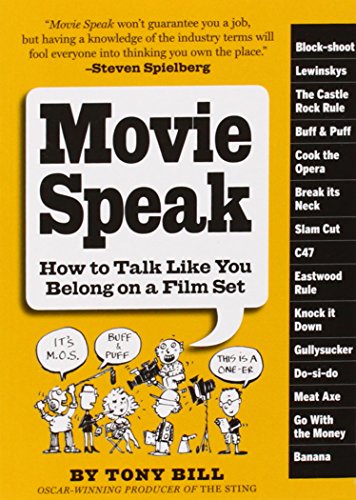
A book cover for Movie Speak: How to Talk Like You Belong on a Film Set; Tony Bill; Humor & Entertainment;